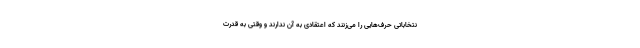
نتخاباتی حرف‌هایی را می‌زنند که اعتقادی به آن ندارند و وقتی به قدرت